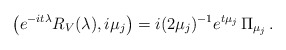
\begin{align*}\bigl(e^{-it\lambda}R_V(\lambda),i\mu_j\bigr)=i(2\mu_j)^{-1}e^{t\mu_j}\,\Pi_{\mu_j}\,.\end{align*}